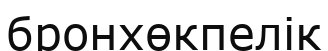
бронхөкпелік